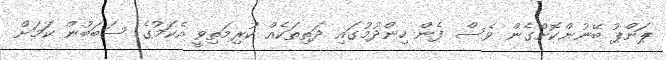
ޕަންޕު ބޭނުންކޮށްގެން ވެސް ފެން ހިންދުމުގައި ދަތިތަކެއް ކުރިމަތިވީ އެކަމުގެ ސަބަބުން ކަމަށް